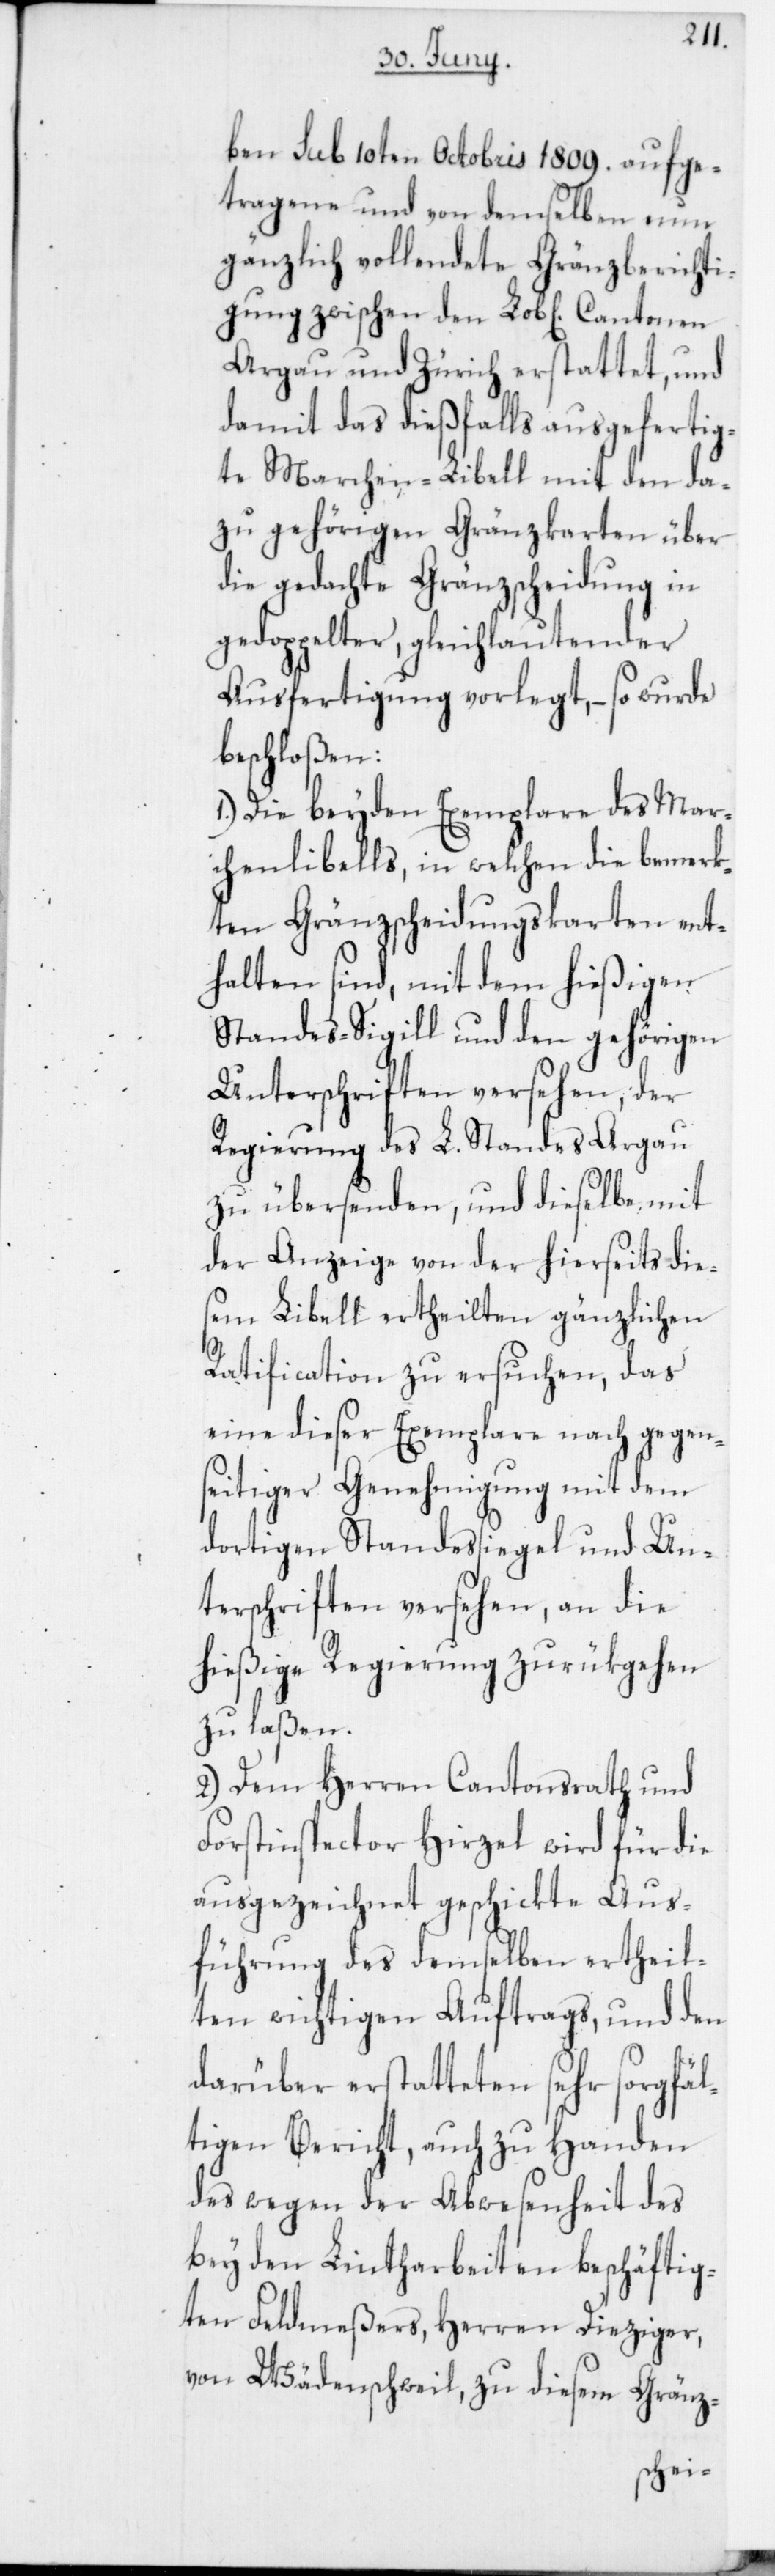
ben sub 10ten Octobris 1809. aufge¬
tragene und von demselben nun
gänzlich vollendete Gränzberichti¬
gung zwischen den Lob[lichen] Cantonen
Argau und Zürich erstattet, und
damit das dießfalls ausgefertig¬
te Marchen-Libell mit den da¬
zu gehörigen Gränzkarten über
die gedachte Grenzscheidung in
gedoppelter, gleichlautender
Ausfertigung vorlegt, – so wurde
beschloßen:
1. Die beyden Exemplare des Mar¬
chenlibells, in welchen die bemerk¬
ten Gränzscheidungskarten ent¬
halten sind, mit dem hießigen
Standes-Sigill und den gehörigen
Unterschriften versehen, der
Regierung des L. Standes Argau
zu übersenden, und dieselbe mit
der Anzeige von der hierseits die¬
sem Libell ertheilten gänzlichen
Ratification zu ersuchen, das
eine dieser Exemplare nach gegen¬
seitiger Genehmigung mit dem
dortigen Standessiegel und Un¬
terschriften versehen, an die
hießige Regierung zurükgehen
zu laßen.
2. Dem Herren Cantonsrath und
Forstinspector Hirzel wird für die
ausgezeichnet geschickte Aus¬
führung des demselben ertheil¬
ten wichtigen Auftrags, und den
darüber erstatteten sehr sorgfäl¬
tigen Bericht, auch zu Handen
des wegen der Abwesenheit des
bey den Lintharbeiten beschäftig¬
ten Feldmeßers, Herren Dieziger
von Wädenschweil, zu diesem Gränz-